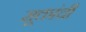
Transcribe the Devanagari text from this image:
सूक्तांची